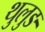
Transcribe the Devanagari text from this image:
थुलुङ